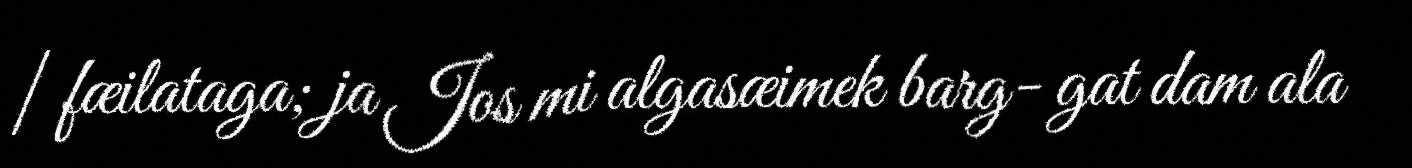
| fæilataga; ja Jos mi algasæimek barg- gat dam ala